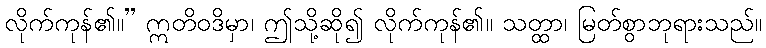
လိုက်ကုန်၏။” ဣတိဝဒိမှာ၊ ဤသို့ဆို၍ လိုက်ကုန်၏။ သတ္ထာ၊ မြတ်စွာဘုရားသည်။